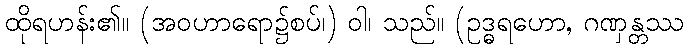
ထိုရဟန်း၏။ (အဝဟာရော၌စပ်၊) ဝါ၊ သည်။ (ဥဒ္ဓရဟော, ဂဏှန္တဿ